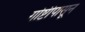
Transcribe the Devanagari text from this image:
गोष्टीपासून